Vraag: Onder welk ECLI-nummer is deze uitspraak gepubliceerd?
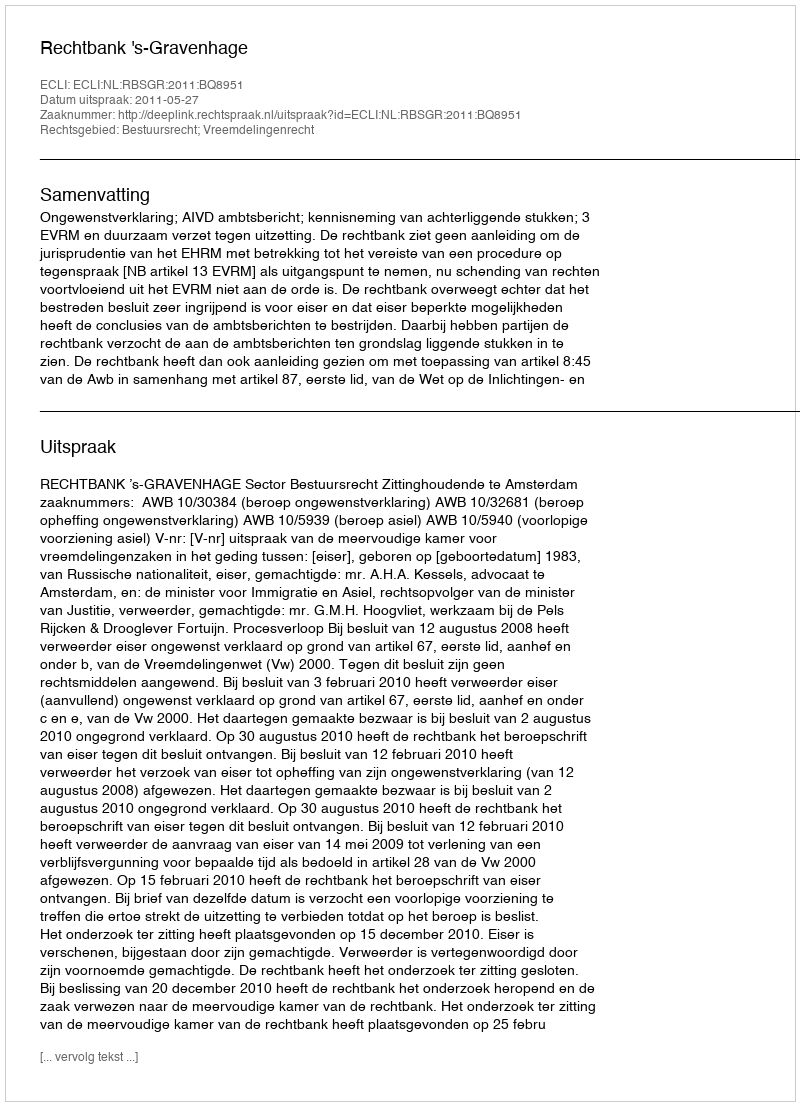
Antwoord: ECLI:NL:RBSGR:2011:BQ8951